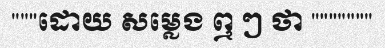
"""ដោយ សម្លេង ឮ ៗ ថា """""""